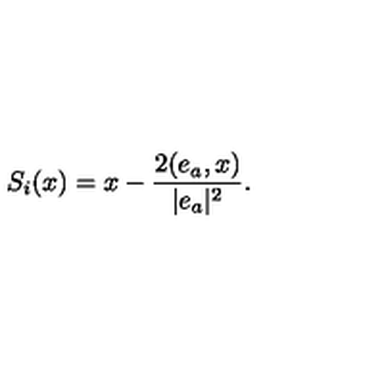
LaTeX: S _ { i } ( x ) = x - \frac { 2 ( e _ { a } , x ) } { | e _ { a } | ^ { 2 } } .